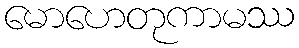
မောဟေတုကာမဿ